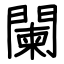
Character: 闌